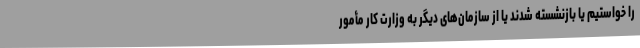
را خواستیم یا بازنشسته شدند یا از سازمان‌های دیگر به وزارت کار مأمور